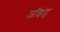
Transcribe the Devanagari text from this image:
जॉइंट्स